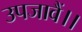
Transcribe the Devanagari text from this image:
उपजावैं।।